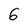
Character: 6